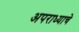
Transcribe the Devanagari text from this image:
अपराध्याचे